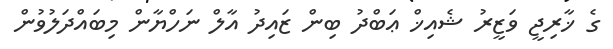
ގެ ޚާރިޖީ ވަޒީރު ޝެއިޚް ޢަބްދު ބިން ޒައިދު އާލް ނަހްޔާން މިބައްދަލުވުން